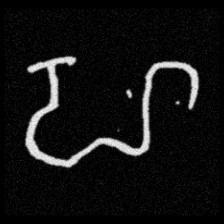
Pyu character \u2014 Myanmar letter: ဟ (romanized: ha)